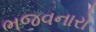
ભજવનારો